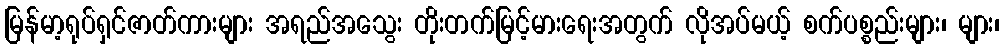
မြန်မာ့ရုပ်ရှင်ဇာတ်ကားများ အရည်အသွေး တိုးတက်မြင့်မားရေးအတွက် လိုအပ်မယ့် စက်ပစ္စည်းများ၊ များ၊